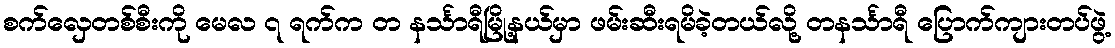
စက်လှေတစ်စီးကို မေလ ၇ ရက်က တ နင်္သာရီမြို့နယ်မှာ ဖမ်းဆီးရမိခဲ့တယ်လို့ တနင်္သာရီ ပြောက်ကျားတပ်ဖွဲ့